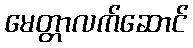
မေတ္တာလက်ဆောင်